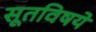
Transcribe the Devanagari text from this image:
सूतविषये